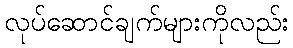
လုပ်ဆောင်ချက်များကိုလည်း